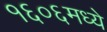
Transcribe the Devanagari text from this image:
१६०६मध्ये